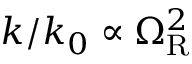
k / k _ { 0 } \propto \Omega _ { \mathrm { R } } ^ { 2 }